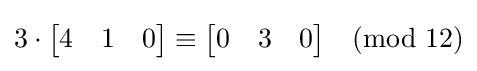
3\cdot {\begin{bmatrix}4&1&0\end{bmatrix}}\equiv {\begin{bmatrix}0&3&0\end{bmatrix}}{\pmod {12}}